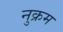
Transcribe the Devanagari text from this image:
नुक्रम